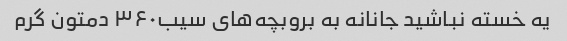
یه خسته نباشید جانانه به بروبچه‌های سیب۳۶۰ دمتون گرم